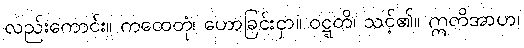
လည်းကောင်း။ ကထေတုံ၊ ဟောခြင်းငှာ။ ဝဋ္ဋတိ၊ သင့်၏။ ဣတိအာဟ၊